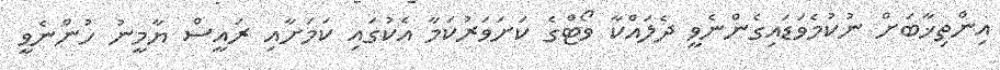
އިންތިޚާބަށް ނުކުމެވަޑައިގެންނެވީ ދެލައްކާ ވޯޓްގެ ކަށަވަރުކަމާ އެކުގައި ކަމަށާއި ރައީސް ޔާމީނު ހުންނެވީ